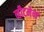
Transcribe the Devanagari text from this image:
व्हीटमेन